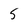
Character: 5